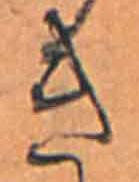
き